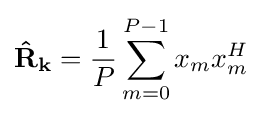
\mathbf {{\hat {R}}_{k}} ={\frac {1}{P}}\sum _{m=0}^{P-1}x_{m}x_{m}^{H}